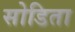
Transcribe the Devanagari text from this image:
सोडिता